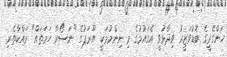
ހަންގޭރީގެ ބޮޑުވަޒީރު ވިދާޅުވީ އެގައުމުގެ މި ނިންމުމަކީ ޔޫރަޕުގެ "ނަސޯރާ ހަމަތައް" ރައްކާތެރި